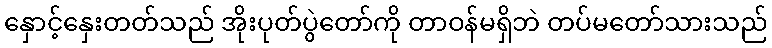
နှောင့်နှေးတတ်သည် အိုးပုတ်ပွဲတော်ကို တာဝန်မရှိဘဲ တပ်မတော်သားသည်